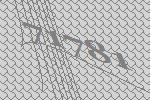
71781